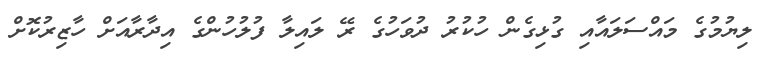
ލިޔުމުގެ މައްސަލައާއި ގުޅިގެން ހުކުރު ދުވަހުގެ ރޭ ލައިލާ ފުލުހުންގެ އިދާރާއަށް ހާޒިރުކޮށް